Vaccine operations Central Provinces 1886-1899 - 1886-1899
Year: 1886
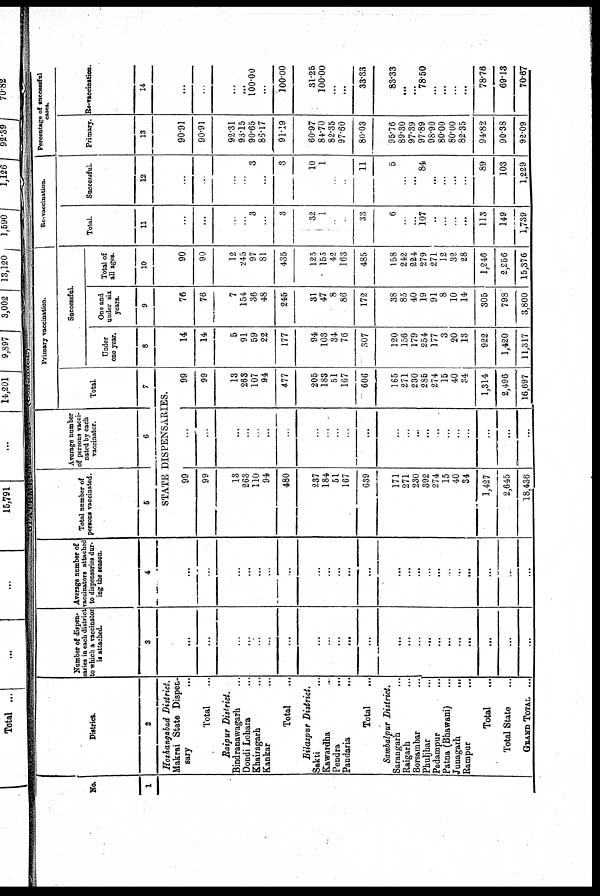
No.
1
District.
2
Hoshangabad District.
Makrai State Dispen-
sary ...
Total ...
Raipur District.
Bindranawagarh ...
Dondi Lohara ...
Khairagarh ...
Kankar ...
Total ...
Bilaspur District.
Sakti ...
Kawardha ...
Pendra ...
Pandaria ...
Total ...
Sambalpur District.
Sarangarh ...
Raigarh ...
Borsambar ...
Phuljhar ...
Padampur ...
Patna (Bhawani) ...
Junagarh
...
Rampur ...
Total ...
Total State ...
GRAND TOTAL ...
Number of dispen¬
saries in each district
to which a vaccinator
if attached.
3
...
...
...
...
...
...
...
...
...
...
...
...
...
...
...
...
...
...
...
...
...
...
...
Average number of
vaccinators attached
to dispensaries dur-
ing the season.
4
...
...
...
...
...
...
...
...
...
...
...
...
...
...
...
...
...
...
...
...
...
...
...
Total number of
persons vaccinated.
5
Average number
of persons vacci-
nated by each
vaccinator.
6
Primary vaccination.
Total.
7
STATE DISPENSARIES.
99
99
13
263
110
94
480
237
184
51
167
639
171
271
230
392
274
15
40
34
1,427
2,645
18,436
...
...
...
...
...
...
...
...
...
...
...
...
...
...
...
...
...
...
...
...
...
...
...
99
99
13
263
107
94
477
205
183
51
167
606
165
271
230
285
274
15
40
34
1,314
2,496
16,697
Successful.
Under
one year.
8
14
14
5
91
59
22
177
94
103
34
76
307
120
156
179
254
177
3
20
13
922
1,420
11,317
One and
under six
years.
9
76
76
7
154
36
48
245
31
47
8
86
172
38
85
40
19
91
8
10
14
305
798
3,800
Total of
all ages.
10
90
90
12
245
97
81
435
125
155
42
163
485
158
242
224
279
271
12
32
28
1,246
2,256
15,376
Re-vaccination.
Total.
11
...
...
...
...
3
...
3
32
1
...
...
33
6
...
...
107
...
...
...
...
113
149
1,739
Successful.
12
...
...
...
...
3
...
3
10
1
...
...
11
5
...
...
84
...
...
...
...
89
103
1,229
Percentage of successful
cases.
Primary.
13
90.91
90.91
92.31
93.15
90.65
86.17
91.19
60.97
84.70
82.35
97.60
80.03
95.76
89.30
97.39
97.89
98.90
80.00
80.00
82.35
94.82
90.38
92.09
Re-vaccination
14
...
...
...
...
100.00
...
100.00
31.25
100.00
...
...
33.33
83.33
...
...
78.50
...
...
...
...
78.76
69.13
70.67